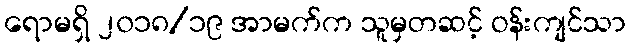
ရောမရှိ ၂၀၁၈/၁၉ အာမက်က သူမှတဆင့် ဝန်းကျင်သာ